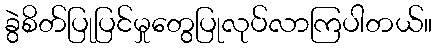
ခွဲစိတ်ပြုပြင်မှုတွေပြုလုပ်လာကြပါတယ်။